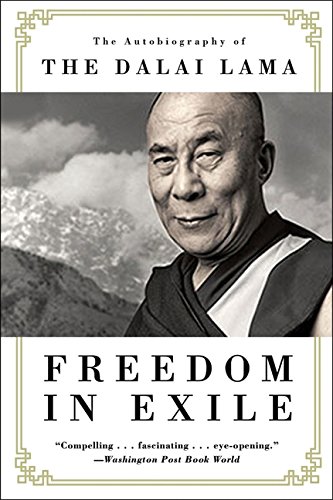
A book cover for Freedom in Exile: The Autobiography of The Dalai Lama; Dalai Lama; Biographies & Memoirs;